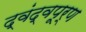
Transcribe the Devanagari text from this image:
द्वंद्वपूर्ण